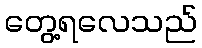
တွေ့ရလေသည်